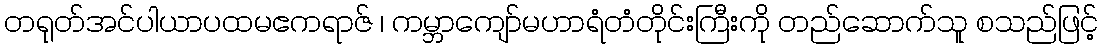
တရုတ်အင်ပါယာပထမဧကရာဇ် ၊ ကမ္ဘာကျော်မဟာရံတံတိုင်းကြီးကို တည်ဆောက်သူ စသည်ဖြင့်